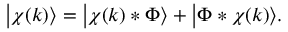
\big | \chi ( k ) \big \rangle = \big | \chi ( k ) * \Phi \big \rangle + \big | \Phi * \chi ( k ) \big \rangle .